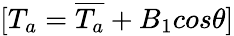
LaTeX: [T_{a}=\overline{{T_{a}}}+B_{1}cos\theta]